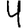
Digit: 4